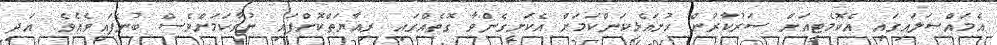
އެމައްސަލައިގައި އެކޮމެޓީއަށް ސަރުކާރުން ހުށައެޅިކަންކަމަށް އެކަށީގެންވާ ގޮތެއްގައި ރިއާޔަތްކޮށްފައި ނުވާކަމަށްވެސް ބުނެފައިވެއެވެ. އަދި